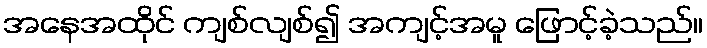
အနေအထိုင် ကျစ်လျစ်၍ အကျင့်အမူ ဖြောင့်ခဲ့သည်။